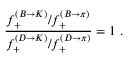
{ \frac { f _ { + } ^ { ( B \to K ) } / f _ { + } ^ { ( B \to \pi ) } } { f _ { + } ^ { ( D \to K ) } / f _ { + } ^ { ( D \to \pi ) } } } = 1 \ .